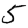
Digit: 5